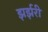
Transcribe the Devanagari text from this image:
झर्झरी